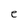
Character: e